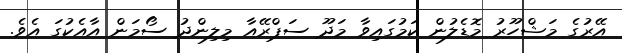
އޭރުގެ މަޝްހޫރު މޮޑެލުން ކަމުގައިވާ މަދޫ ސަޕްރޭއާ މިލިންދު ސޯމަން އާއެކުގަ އެވެ.